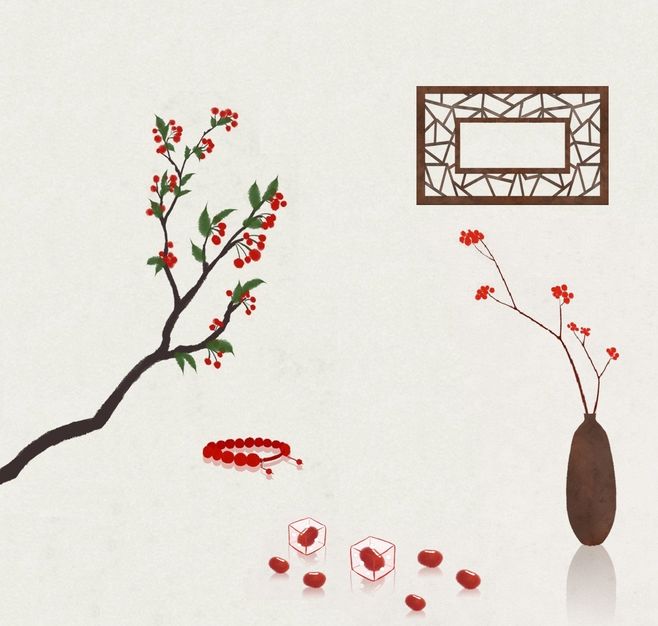
红豆生南国，春来发几枝。